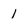
Character: 1